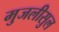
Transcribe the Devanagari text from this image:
मुजलीसुल